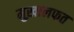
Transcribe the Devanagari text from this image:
मुख़ालफत